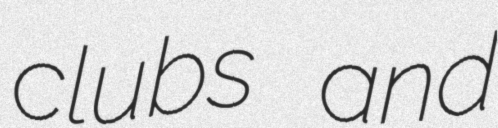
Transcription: clubs and